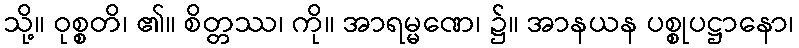
သို့။ ဝုစ္စတိ၊ ၏။ စိတ္တဿ၊ ကို။ အာရမ္မဏေ၊ ၌။ အာနယန ပစ္စုပဋ္ဌာနော၊